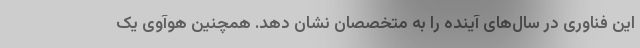
این فناوری در سال‌های آینده را به متخصصان نشان دهد. همچنین هوآوی یک